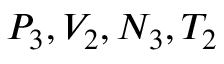
P _ { 3 } , V _ { 2 } , N _ { 3 } , T _ { 2 }